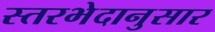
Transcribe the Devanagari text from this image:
स्तरभेदानुसार